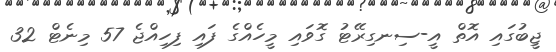
ޖީބުގައި އޮތް އީ-ސިނގިރޭޓު ގޮވައި މީހެއްގެ ފައި ފިހިއްޖެ 57 މިނެޓް 32